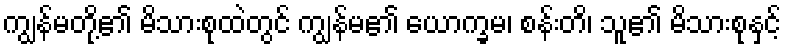
ကျွန်မတို့၏ မိသားစုထဲတွင် ကျွန်မ၏ ယောက္ခမ၊ စန်းတိ၊ သူ၏ မိသားစုနှင့်